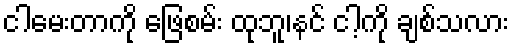
ငါမေးတာကို ဖြေစမ်း ထုဘူ၊နင် ငါ့ကို ချစ်သလား